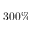
3 0 0 \%